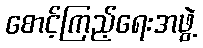
စောင့်ကြည့်ရေးအဖွဲ့